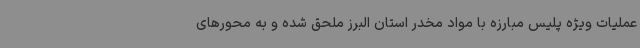
عملیات ویژه پلیس مبارزه با مواد مخدر استان البرز ملحق شده و به محورهای